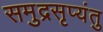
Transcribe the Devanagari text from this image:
समुद्रसृप्यंतु